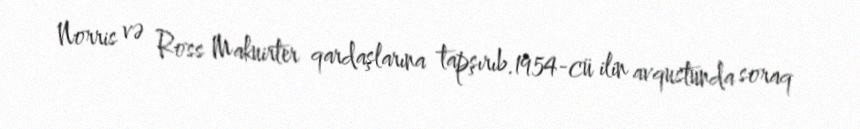
Norris və Ross Makuirter qardaşlarına tapşırıb.1954-cü ilin avqustunda soraq